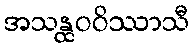
အသန္ထဝဝိဿာသီ